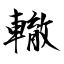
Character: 轍